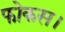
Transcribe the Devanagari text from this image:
फोकस।